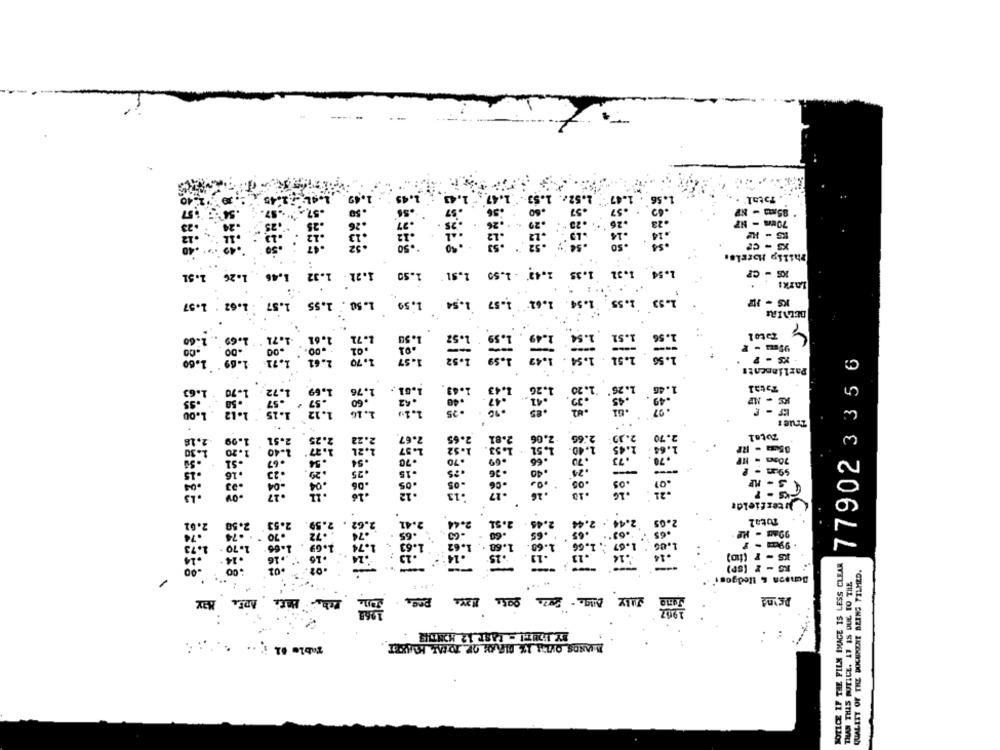
Total'
70mm - NP
1 - 1
1.50
1.51
Evite
1.54
1.51
1.26
KS - CP
LAIKI
1.57
1.55
1.59
1.57
1.56
1.5
77902 3 3 5 6
Parliament
TERCz
Total
Jeterfieldt
2.05
Total
. 99cm - 1
KS - I (D)
NOTICE IF THE FILM IMAGE IS LESS CLEAR
QUALITY OF THE DOCAPONE BEING FILMED.
THAN THIS BUTLLE. IT IS DUE TO THE
- -- --
---